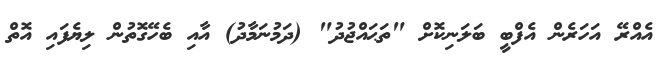
އެއްރޭ އަހަރެން އެފްބީ ބަލަނިކޮށް "ތަޙައްޖުދު" (ދަމުނަމާދު) އާއި ބެހޭގޮތުން ލިޔެފައި އޮތް